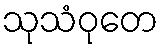
သုသံဝုတေ